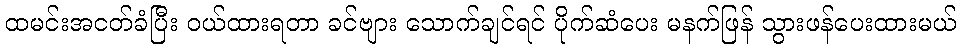
ထမင်းအငတ်ခံပြီး ဝယ်ထားရတာ ခင်ဗျား သောက်ချင်ရင် ပိုက်ဆံပေး မနက်ဖြန် သွားဖန်ပေးထားမယ်